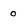
Character: 0